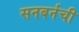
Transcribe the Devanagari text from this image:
सनबर्नची